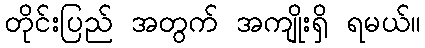
တိုင်းပြည် အတွက် အကျိုးရှိ ရမယ်။